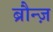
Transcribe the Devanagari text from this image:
ब्रौन्ज़